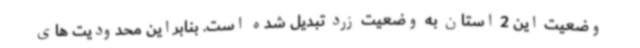
وضعیت این 2 استان به وضعیت زرد تبدیل شده است. بنابراین محدودیت های